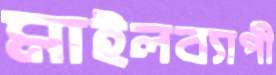
মাইলব্যাপী